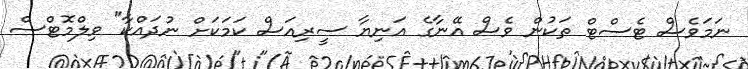
ނަމަވެސް ޓެސްޓް ތަކުން ވެސް އޭނާގެ އަނިޔާ ސީރިއަސް ކަމަކަށް ނުދައްކާ" ވިލްމޮޓްސް